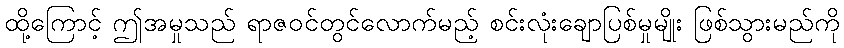
ထို့ကြောင့် ဤအမှုသည် ရာဇဝင်တွင်လောက်မည့် စင်းလုံးချောပြစ်မှုမျိုး ဖြစ်သွားမည်ကို